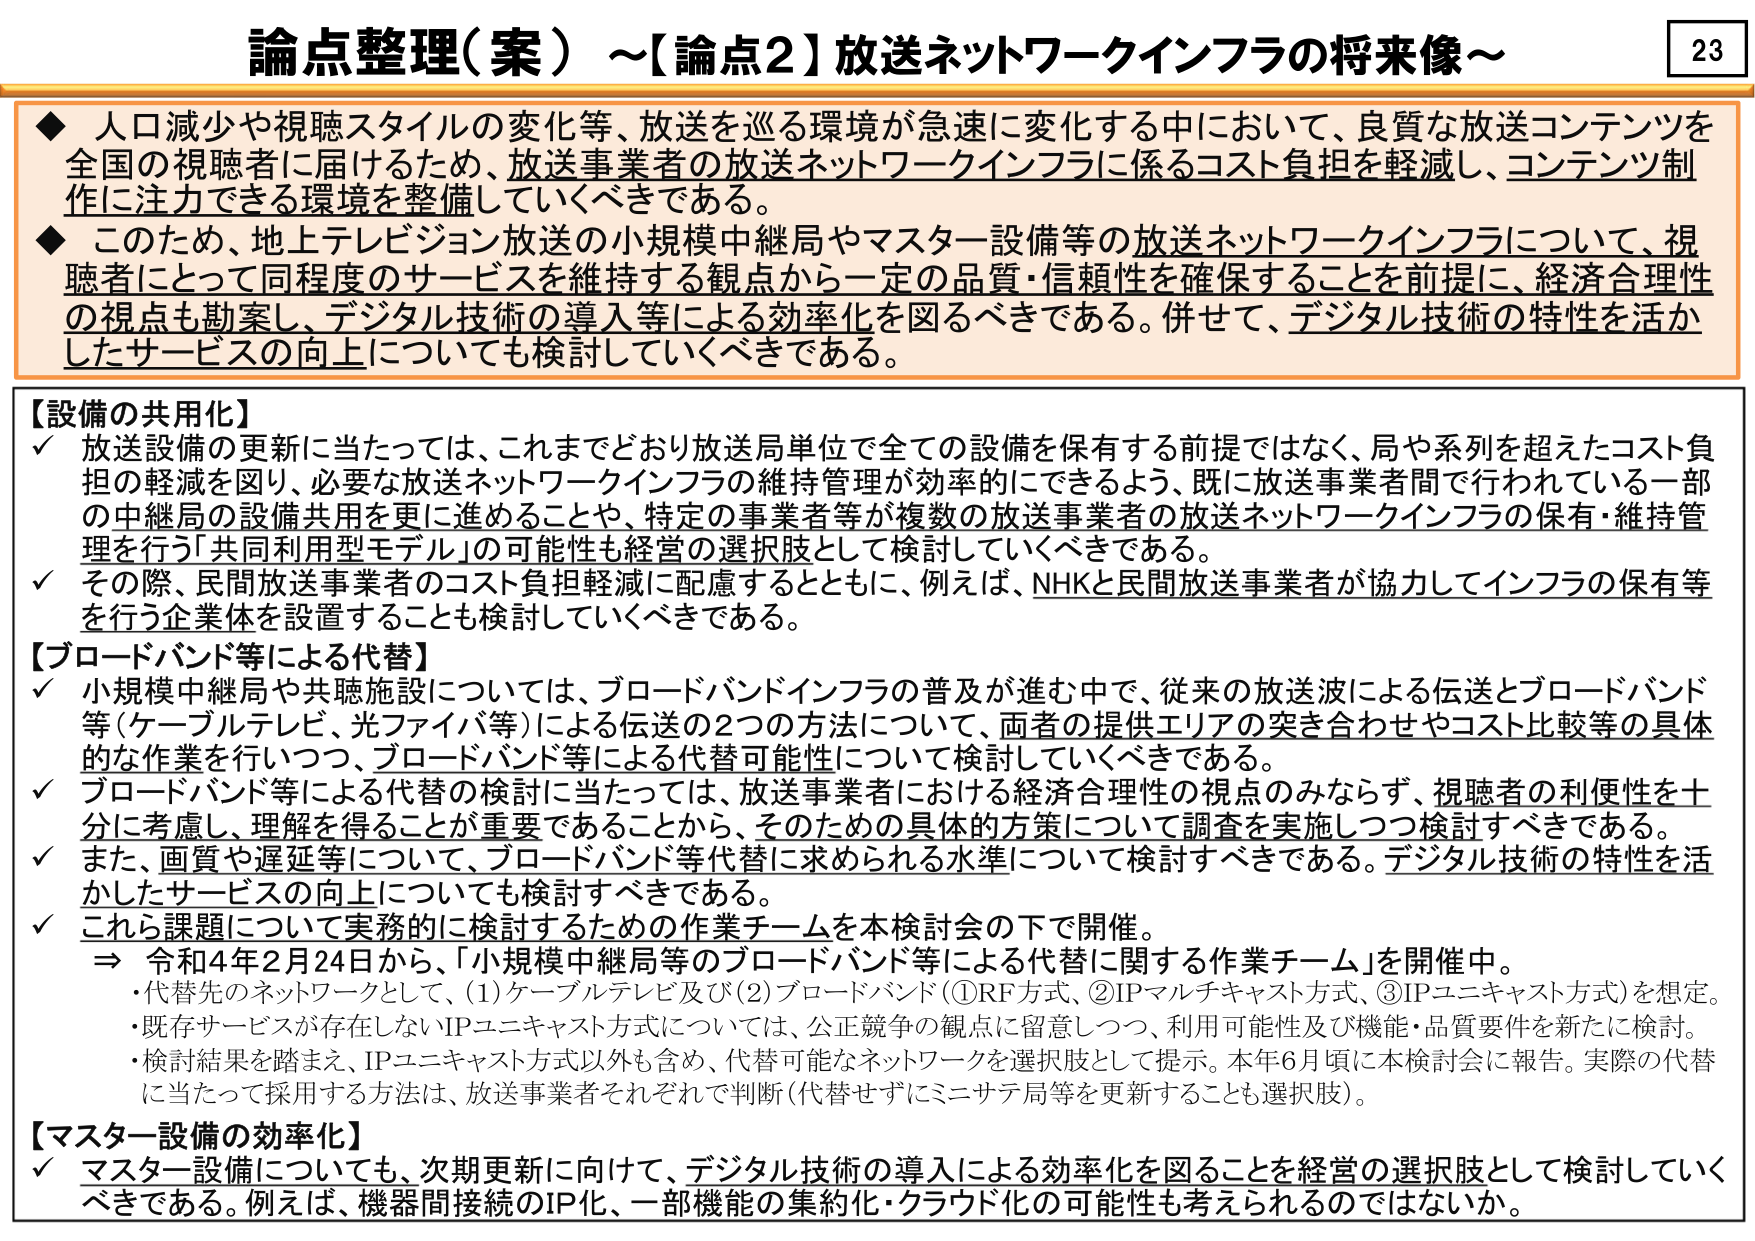
論点整理（案）～【論点2】放送ネットワークインフラの将来像～

◆ 人口減少や視聴スタイルの変化等、放送を巡る環境が急速に変化する中において、良質な放送コンテンツを全国の視聴者に届けるため、放送事業者の放送ネットワークインフラに係るコスト負担を軽減し、コンテンツ制作に注力できる環境を整備していくべきである。

◆ このため、地上テレビジョン放送の小規模中継局やマスター設備等の放送ネットワークインフラについて、視聴者にとって同程度のサービスを維持する観点から一定の品質・信頼性を確保することを前提に、経済合理性の視点も勘案し、デジタル技術の導入等による効率化を図るべきである。併せて、デジタル技術の特性を活かしたサービスの向上についても検討していくべきである。

【設備の共用化】
✓ 放送設備の更新に当たっては、これまでどおり放送局単位で全ての設備を保有する前提ではなく、局や系列を超えたコスト負担の軽減を図り、必要な放送ネットワークインフラの維持管理が効率的に行えるよう、既に放送事業者間で行われている一部の中継局の設備共用を更に進めることや、特定の事業者等が複数の放送事業者の放送ネットワークインフラの保有・維持管理を行う「共同利用型モデル」の可能性も経営の選択肢として検討していくべきである。
✓ その際、民間放送事業者のコスト負担軽減に配慮するとともに、例えば、NHKと民間放送事業者が協力してインフラの保有等を行う企業体を設置することも検討していくべきである。

【ブロードバンド等による代替】
✓ 小規模中継局や共聴施設については、ブロードバンドインフラの普及が進む中で、従来の放送波による伝送とブロードバンド等（ケーブルテレビ、光ファイバ等）による伝送の2つの方法について、両者の提供エリアの突き合わせやコスト比較等の具体的な作業を行いつつ、ブロードバンド等による代替可能性について検討していくべきである。
✓ ブロードバンド等による代替の検討に当たっては、放送事業者における経済合理性の視点のみならず、視聴者の利便性を十分に考慮し、理解を得ることが重要であることから、そのための具体的方策について調査を実施しつつ検討すべきである。
✓ また、画質や遅延等について、ブロードバンド等代替に求められる水準について検討すべきである。デジタル技術の特性を活かしたサービスの向上についても検討すべきである。
✓ これら課題について実務的に検討するための作業チームを本検討会の下で開催。
　⇒ 令和4年2月24日から、「小規模中継局等のブロードバンド等による代替に関する作業チーム」を開催中。
　・代替先のネットワークとして、(1)ケーブルテレビ及び(2)ブロードバンド（①RF方式、②IPマルチキャスト方式、③IPユニキャスト方式）を想定。
　・既存サービスが存在しないIPユニキャスト方式については、公正競争の観点に留意しつつ、利用可能性及び機能・品質要件を新たに検討。
　・検討結果を踏まえ、IPユニキャスト方式以外も含め、代替可能なネットワークを選択肢として提示。本年6月頃に本検討会に報告。実際の代替に当たって採用する方法は、放送事業者それぞれで判断（代替せずにミニサテ局等を更新することも選択肢）。

【マスター設備の効率化】
✓ マスター設備についても、次期更新に向けて、デジタル技術の導入による効率化を図ることを経営の選択肢として検討していくべきである。例えば、機器間接続のIP化、一部機能の集約化・クラウド化の可能性も考えられるのではないか。

23